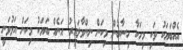
އެއްބަޔަކު ވަކި މިހަކާ ހިސާބުން މިކަން ނިންމާލައިރު އަނެއް ބަޔަކު މިކަން އަޅުވަނީ